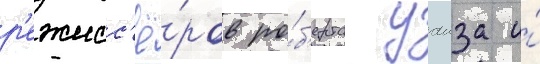
р'ежисс'ё́ров ро́б'ерта уаиза и́